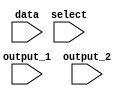
module demux(input data, select, output_1, output_2);

  assign output_1 = data & ~select;
  assign output_2 = data & select;
  
endmodule